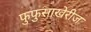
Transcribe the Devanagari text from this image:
फुफुसाखेरीज